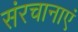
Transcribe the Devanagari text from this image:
संरचानाएं